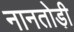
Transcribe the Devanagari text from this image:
नानतोड़ी